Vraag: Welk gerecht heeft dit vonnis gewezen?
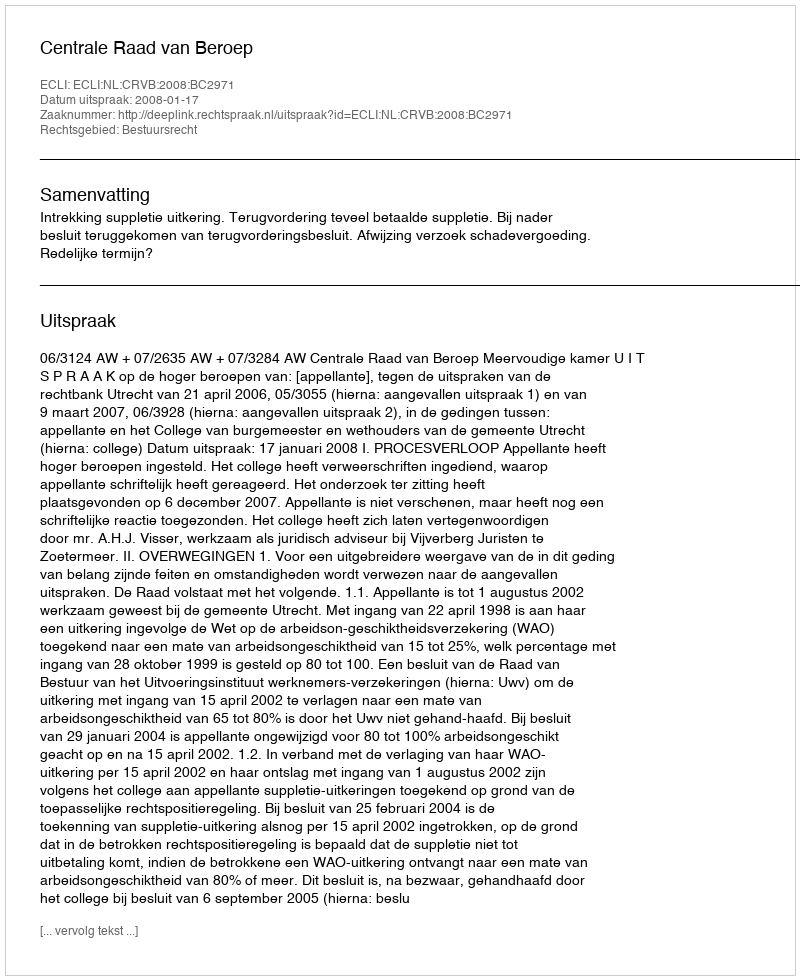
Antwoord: Centrale Raad van Beroep